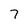
Character: 7